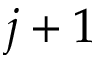
j + 1